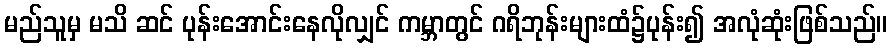
မည်သူမှ မသိ ဆင် ပုန်းအောင်းနေလိုလျှင် ကမ္ဘာတွင် ဂရိဘုန်းများထံ၌ပုန်း၍ အလုံဆုံးဖြစ်သည်။